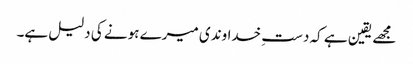
مجھے یقین ہے کہ دستِ خداوندی میرے ہونے کی دلیل ہے۔